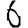
Digit: 6